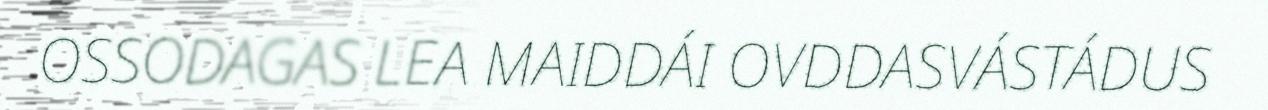
OSSODAGAS LEA MAIDDÁI OVDDASVÁSTÁDUS